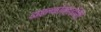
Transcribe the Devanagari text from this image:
डाइक्लोरहाइड्रिन